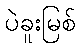
ပဲခူးမြစ်